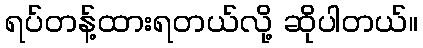
ရပ်တန့်ထားရတယ်လို့ ဆိုပါတယ်။